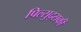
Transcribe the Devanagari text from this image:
पिल्सुद्सकी